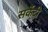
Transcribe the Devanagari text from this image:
सर्केदी